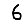
Digit: 6